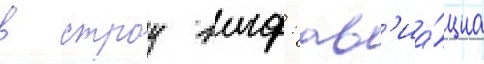
в строу вмф: ав'иа́циа